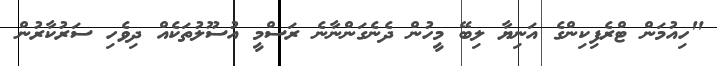
"ހިއުމަން ޓްރެފިކިންގެ އަނިޔާ ލިބޭ މީހުން ދެނެގަންނާނެ ރަސްމީ އުސޫލުތަކެއް ދިވެހި ސަރުކާރުން